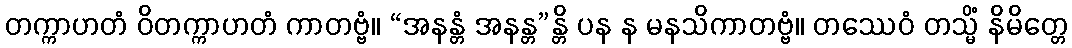
တက္ကာဟတံ ဝိတက္ကာဟတံ ကာတဗ္ဗံ။ “အနန္တံ အနန္တ”န္တိ ပန န မနသိကာတဗ္ဗံ။ တဿေဝံ တသ္မိံ နိမိတ္တေ